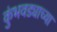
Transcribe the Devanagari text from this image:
कुंभवड्याच्या